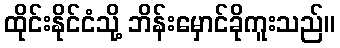
ထိုင်းနိုင်ငံသို့ ဘိန်းမှောင်ခိုကူးသည်။